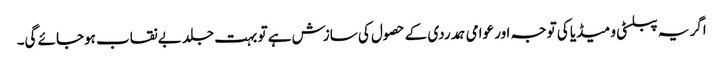
اگر یہ پبلسٹی و میڈیا کی توجہ اور عوامی ہمدردی کے حصول کی سازش ہے تو بہت جلد بے نقاب ہوجائے گی۔